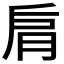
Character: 𦚌